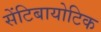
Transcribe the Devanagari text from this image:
सेंटिबायोटिक